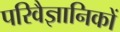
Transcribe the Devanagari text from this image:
परिवैज्ञानिकों